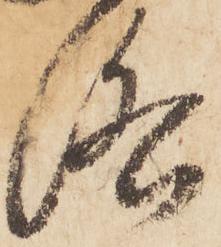
洛